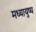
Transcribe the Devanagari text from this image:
मध्यायुष्य